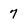
Character: 7